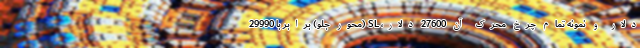
دلار و نمونه تمام چرخ محرک آن 27600 دلار، SL (محور جلو) برابر با 29990